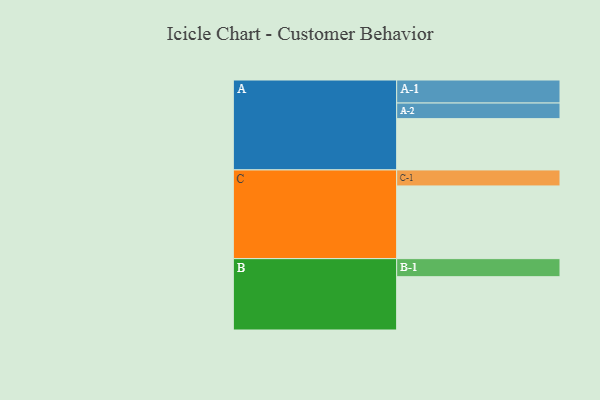
{"axis": {"x": "Segment", "y": "Value"}, "legend": ["", "A", "B", "C"], "data": [{"x": "A", "y": 381, "type": ""}, {"x": "B", "y": 396, "type": ""}, {"x": "C", "y": 540, "type": ""}, {"x": "A-1", "y": 171, "type": "A"}, {"x": "A-2", "y": 116, "type": "A"}, {"x": "B-1", "y": 134, "type": "B"}, {"x": "C-1", "y": 119, "type": "C"}]}